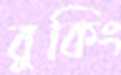
বুকিং